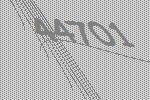
44701